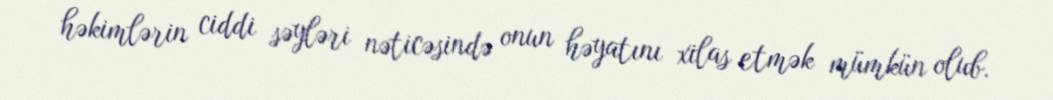
həkimlərin ciddi səyləri nəticəsində onun həyatını xilas etmək mümkün olub.